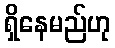
ရှိနေမည်ဟု